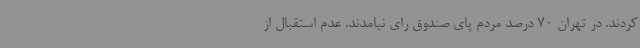
کردند. در تهران 70 درصد مردم پای صندوق رای نیامدند. عدم استقبال از